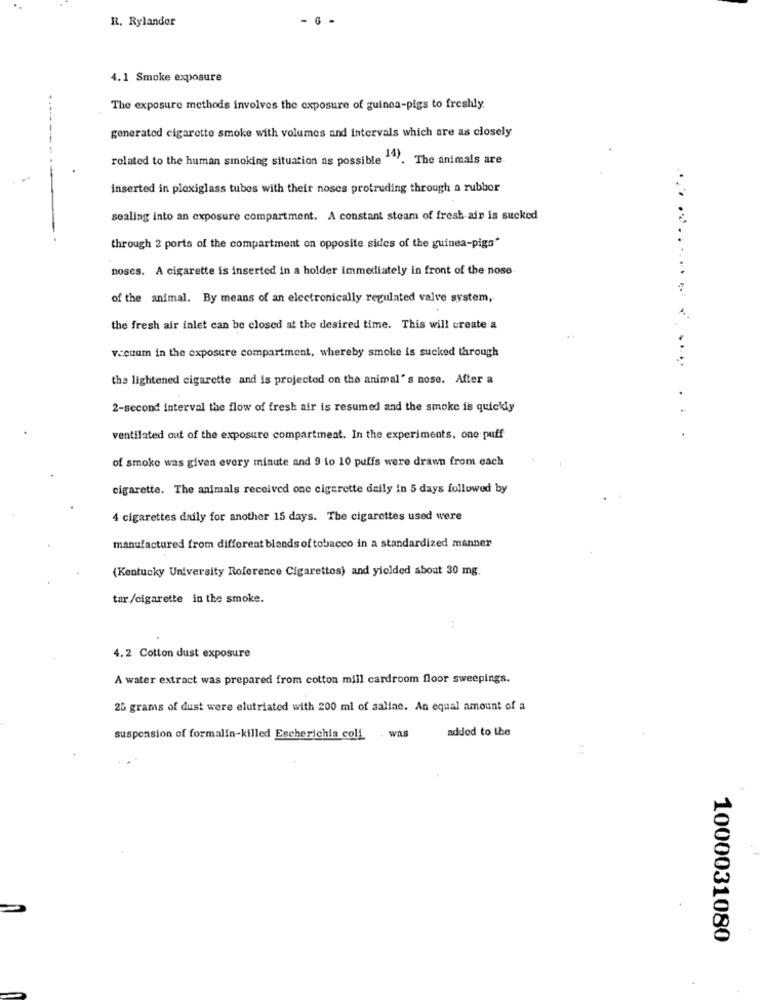
R. Rylandor
4.1 Smoke exposure
The exposure methods involves the exposure of guinea-pigs to freshly.
generated cigarette smoke with volumes and intervals which are as closely
related to the human smoking situation as possible ". The animals are.
inserted in plexiglass tubes with their noses protruding through a rubber
sealing into an exposure compartment. A constant steam of fresh air is sucked
through 2 ports of the compartment on opposite sides of the guinea-pigs"
noses. A cigarette is inserted in a holder immediately in front of the nose
........ .... ...
of the animal. By means of an electronically regulated valve system,
the fresh air inlet can be closed at the desired time. This will create a
vacuum in the exposure compartment, whereby smoke is sucked through
.....
the lightened cigarette and is projected on the animal" s nose. After a
2-second interval the flow of fresh air is resumed and the smoke is quickly
ventilated out of the exposure compartment. In the experiments, one puff
. . .
of smoke was given every minute and 9 to 10 puffs were drawn from each
cigarette. The animals received one cigarette daily in 5 days followed by
4 cigarettes daily for another 15 days. The cigarettes used were
manufactured from different blendsof tobacco in a standardized manner
(Kentucky University Roference Cigarettes) and yielded about 30 mg.
tar /cigarette in the smoke.
4.2 Cotton dust exposure
A water extract was prepared from cotton mill cardroom floor sweepings.
25 grams of dust were elutriated with 200 ml of saline. An equal amount of a
added to the
suspension of formalin-killed Escherichia coli . was
1000031080